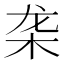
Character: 𬺜